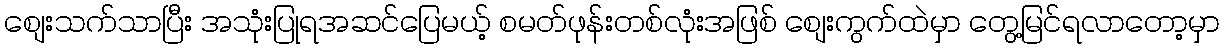
စျေးသက်သာပြီး အသုံးပြုရအဆင်ပြေမယ့် စမတ်ဖုန်းတစ်လုံးအဖြစ် စျေးကွက်ထဲမှာ တွေ့မြင်ရလာတော့မှာ